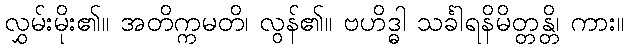
လွှမ်းမိုး၏။ အတိက္ကမတိ၊ လွန်၏။ ဗဟိဒ္ဓါ သင်္ခါရနိမိတ္တန္တိ၊ ကား။